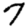
Digit: 7